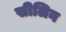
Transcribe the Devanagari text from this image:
सीलिन